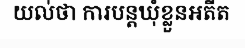
យល់ថា ការបន្តឃុំខ្លួនអតីត